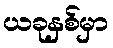
ယခုနှစ်မှာ